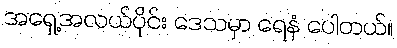
အရှေ့အလယ်ပိုင်း ဒေသမှာ ရေနံ ပေါတယ်။